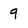
Character: 9